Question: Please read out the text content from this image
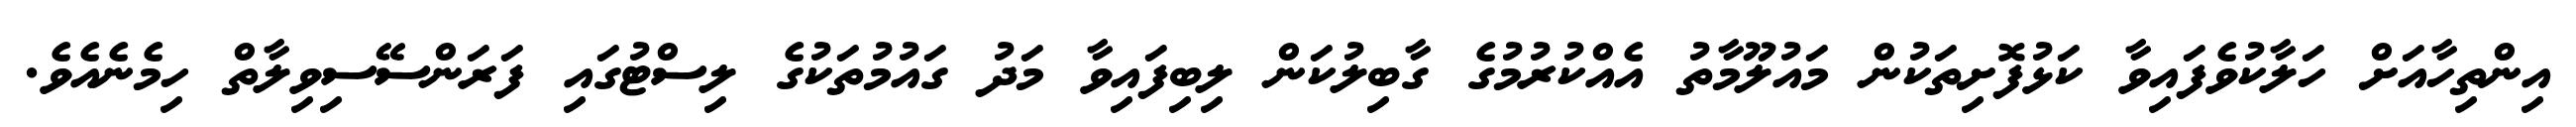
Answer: އިންތިހާއަށް ހަލާކުވެފައިވާ ކަޅުފޮށިތަކުން މައުލޫމާތު އެއްކުރުމުގެ ގާބިލުކަން ލިބިފައިވާ މަދު ގައުމުތަކުގެ ލިސްޓުގައި ފަރަންސޭސިވިލާތް ހިމެނެއެވެ.